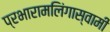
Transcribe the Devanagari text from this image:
प्रभारामलिंगास्वामी